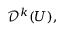
{ \mathcal { D } } ^ { k } ( U ) ,